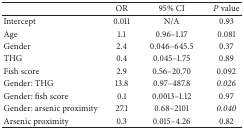
<table><thead><tr><td><b> </b></td><td><b>OR</b></td><td><b>95% CI</b></td><td><b><i>P</i> value</b></td></tr></thead><tbody><tr><td>Intercept</td><td>0.011</td><td>N/A</td><td>0.93</td></tr><tr><td>Age</td><td>1.1</td><td>0.96–1.17</td><td>0.081</td></tr><tr><td>Gender</td><td>2.4</td><td>0.046–645.5</td><td>0.37</td></tr><tr><td>THG</td><td>0.4</td><td>0.045–1.75</td><td>0.89</td></tr><tr><td>Fish score</td><td>2.9</td><td>0.56–20.70</td><td>0.092</td></tr><tr><td>Gender: THG</td><td>13.8</td><td>0.97–487.8</td><td><i>0.026 </i></td></tr><tr><td>Gender: fish score</td><td>0.1</td><td>0.0013–1.12</td><td>0.97</td></tr><tr><td>Gender: arsenic proximity</td><td>27.1</td><td>0.68–2101</td><td><i>0.040 </i></td></tr><tr><td>Arsenic proximity</td><td>0.3</td><td>0.015–4.26</td><td>0.82</td></tr></tbody></table>